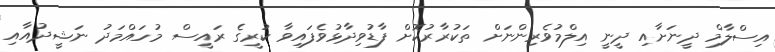
އިސްލާމް ދީނަށާއި ދީނީ އިލްމުވެރިންނަށް ތަކުރާރުކޮށް ފާޑުވިދާޅުވެފައިވާ ކުރީގެ ރައީސް މުހައްމަދު ނަޝީދުއާއި